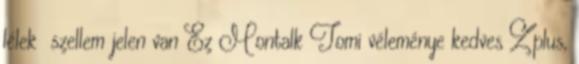
lélek szellem jelen van Ez Montalk Tomi véleménye kedves Zplus,